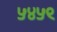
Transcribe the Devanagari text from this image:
५४५९